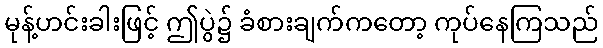
မုန့်ဟင်းခါးဖြင့် ဤပွဲ၌ ခံစားချက်ကတော့ ကုပ်နေကြသည်